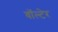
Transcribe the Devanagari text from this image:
वॉल्टेर